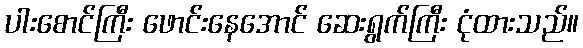
ပါးစောင်ကြီး ဖောင်းနေအောင် ဆေးရွက်ကြီး ငုံထားသည်။